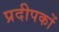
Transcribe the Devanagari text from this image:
प्रदीपकों